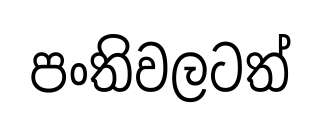
පංතිවලටත්